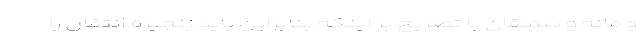
و مانه و سملقان با تصریح بر اینکه بنابراین باید زنجیره انتقال را